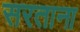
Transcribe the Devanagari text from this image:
सरताना